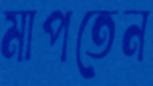
মাপতেন